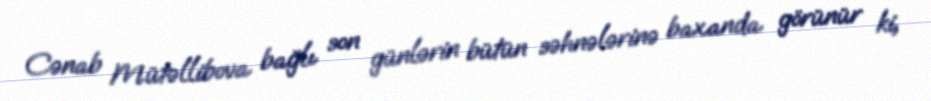
Cənab Mütəllibova bağlı son günlərin bütün səhnələrinə baxanda görünür ki,